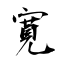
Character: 寛